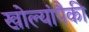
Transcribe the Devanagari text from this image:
खोल्यांपैकी